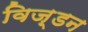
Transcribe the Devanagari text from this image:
विज़्डन